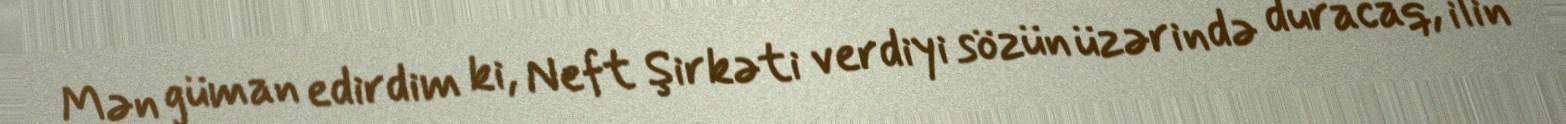
Mən güman edirdim ki, Neft Şirkəti verdiyi sözün üzərində duracaq, ilin